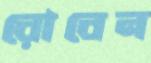
রোবেন